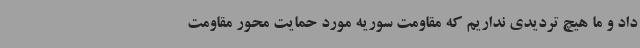
داد و ما هیچ تردیدی نداریم که مقاومت سوریه مورد حمایت محور مقاومت